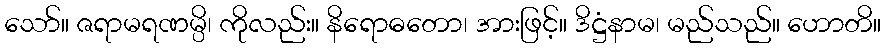
သော်။ ဇရာမရဏမ္ပိ၊ ကိုလည်း။ နိရောဓတော၊ အားဖြင့်။ ဒိဋ္ဌံနာမ၊ မည်သည်။ ဟောတိ။